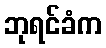
ဘုရင်ခံက